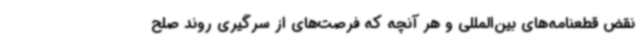
نقض قطعنامه‌های بین‌المللی و هر آنچه که فرصت‌های از سرگیری روند صلح